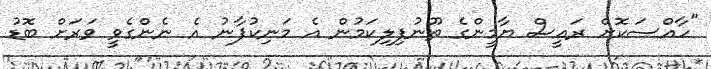
"ހާއްސަކޮށް ރައީސް ޔާމީންގެ ތޫނުފިލިކަމުން އެ މަނިކުފާނު އެ ނެންގެވީ ވަރަށް ބޮޑު